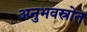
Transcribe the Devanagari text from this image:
अनुभवस्रोत